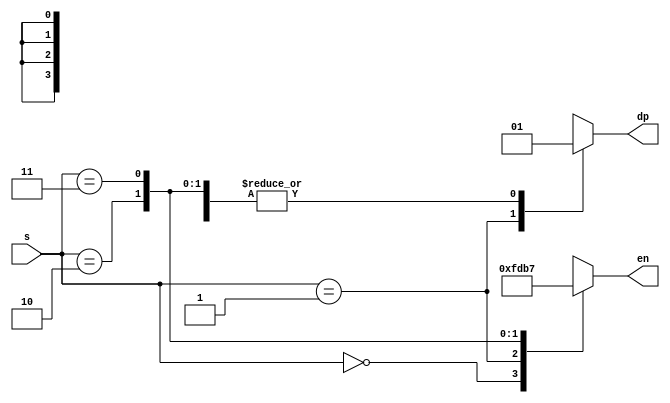
`timescale 1ns / 1ps
//////////////////////////////////////////////////////////////////////////////////
// Company: 
// Engineer: 
// 
// Design Name: 
// Module Name: decoder
// Project Name: 
// Target Devices: 
// Tool Versions: 
// Description: 
// 
// Dependencies: 
// 
// Revision:
// Revision 0.01 - File Created
// Additional Comments:
// 
//////////////////////////////////////////////////////////////////////////////////


module decoder(
    input [1:0] s,
    output reg dp,
    output reg [3:0] en
    );
    
    always @(s)
    begin
    case(s)
    0: begin
    en<=4'b1111;
    dp<=1'b1;
    end
    1: begin
    en<=4'b1101; //when 2nd 7 segment display from right will get on
    dp<=1'b0;    // then its corresponding decimal point should be on
    end
    2: begin
    en<=4'b1011;
    dp<=1'b1;
    end
    3: begin
    en<=4'b0111;
    dp<=1'b1;
    end
    endcase
    end
endmodule